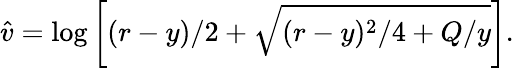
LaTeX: \hat{v}=\log\left[(r-y)/2+\sqrt{(r-y)^{2}/4+Q/y}\right].